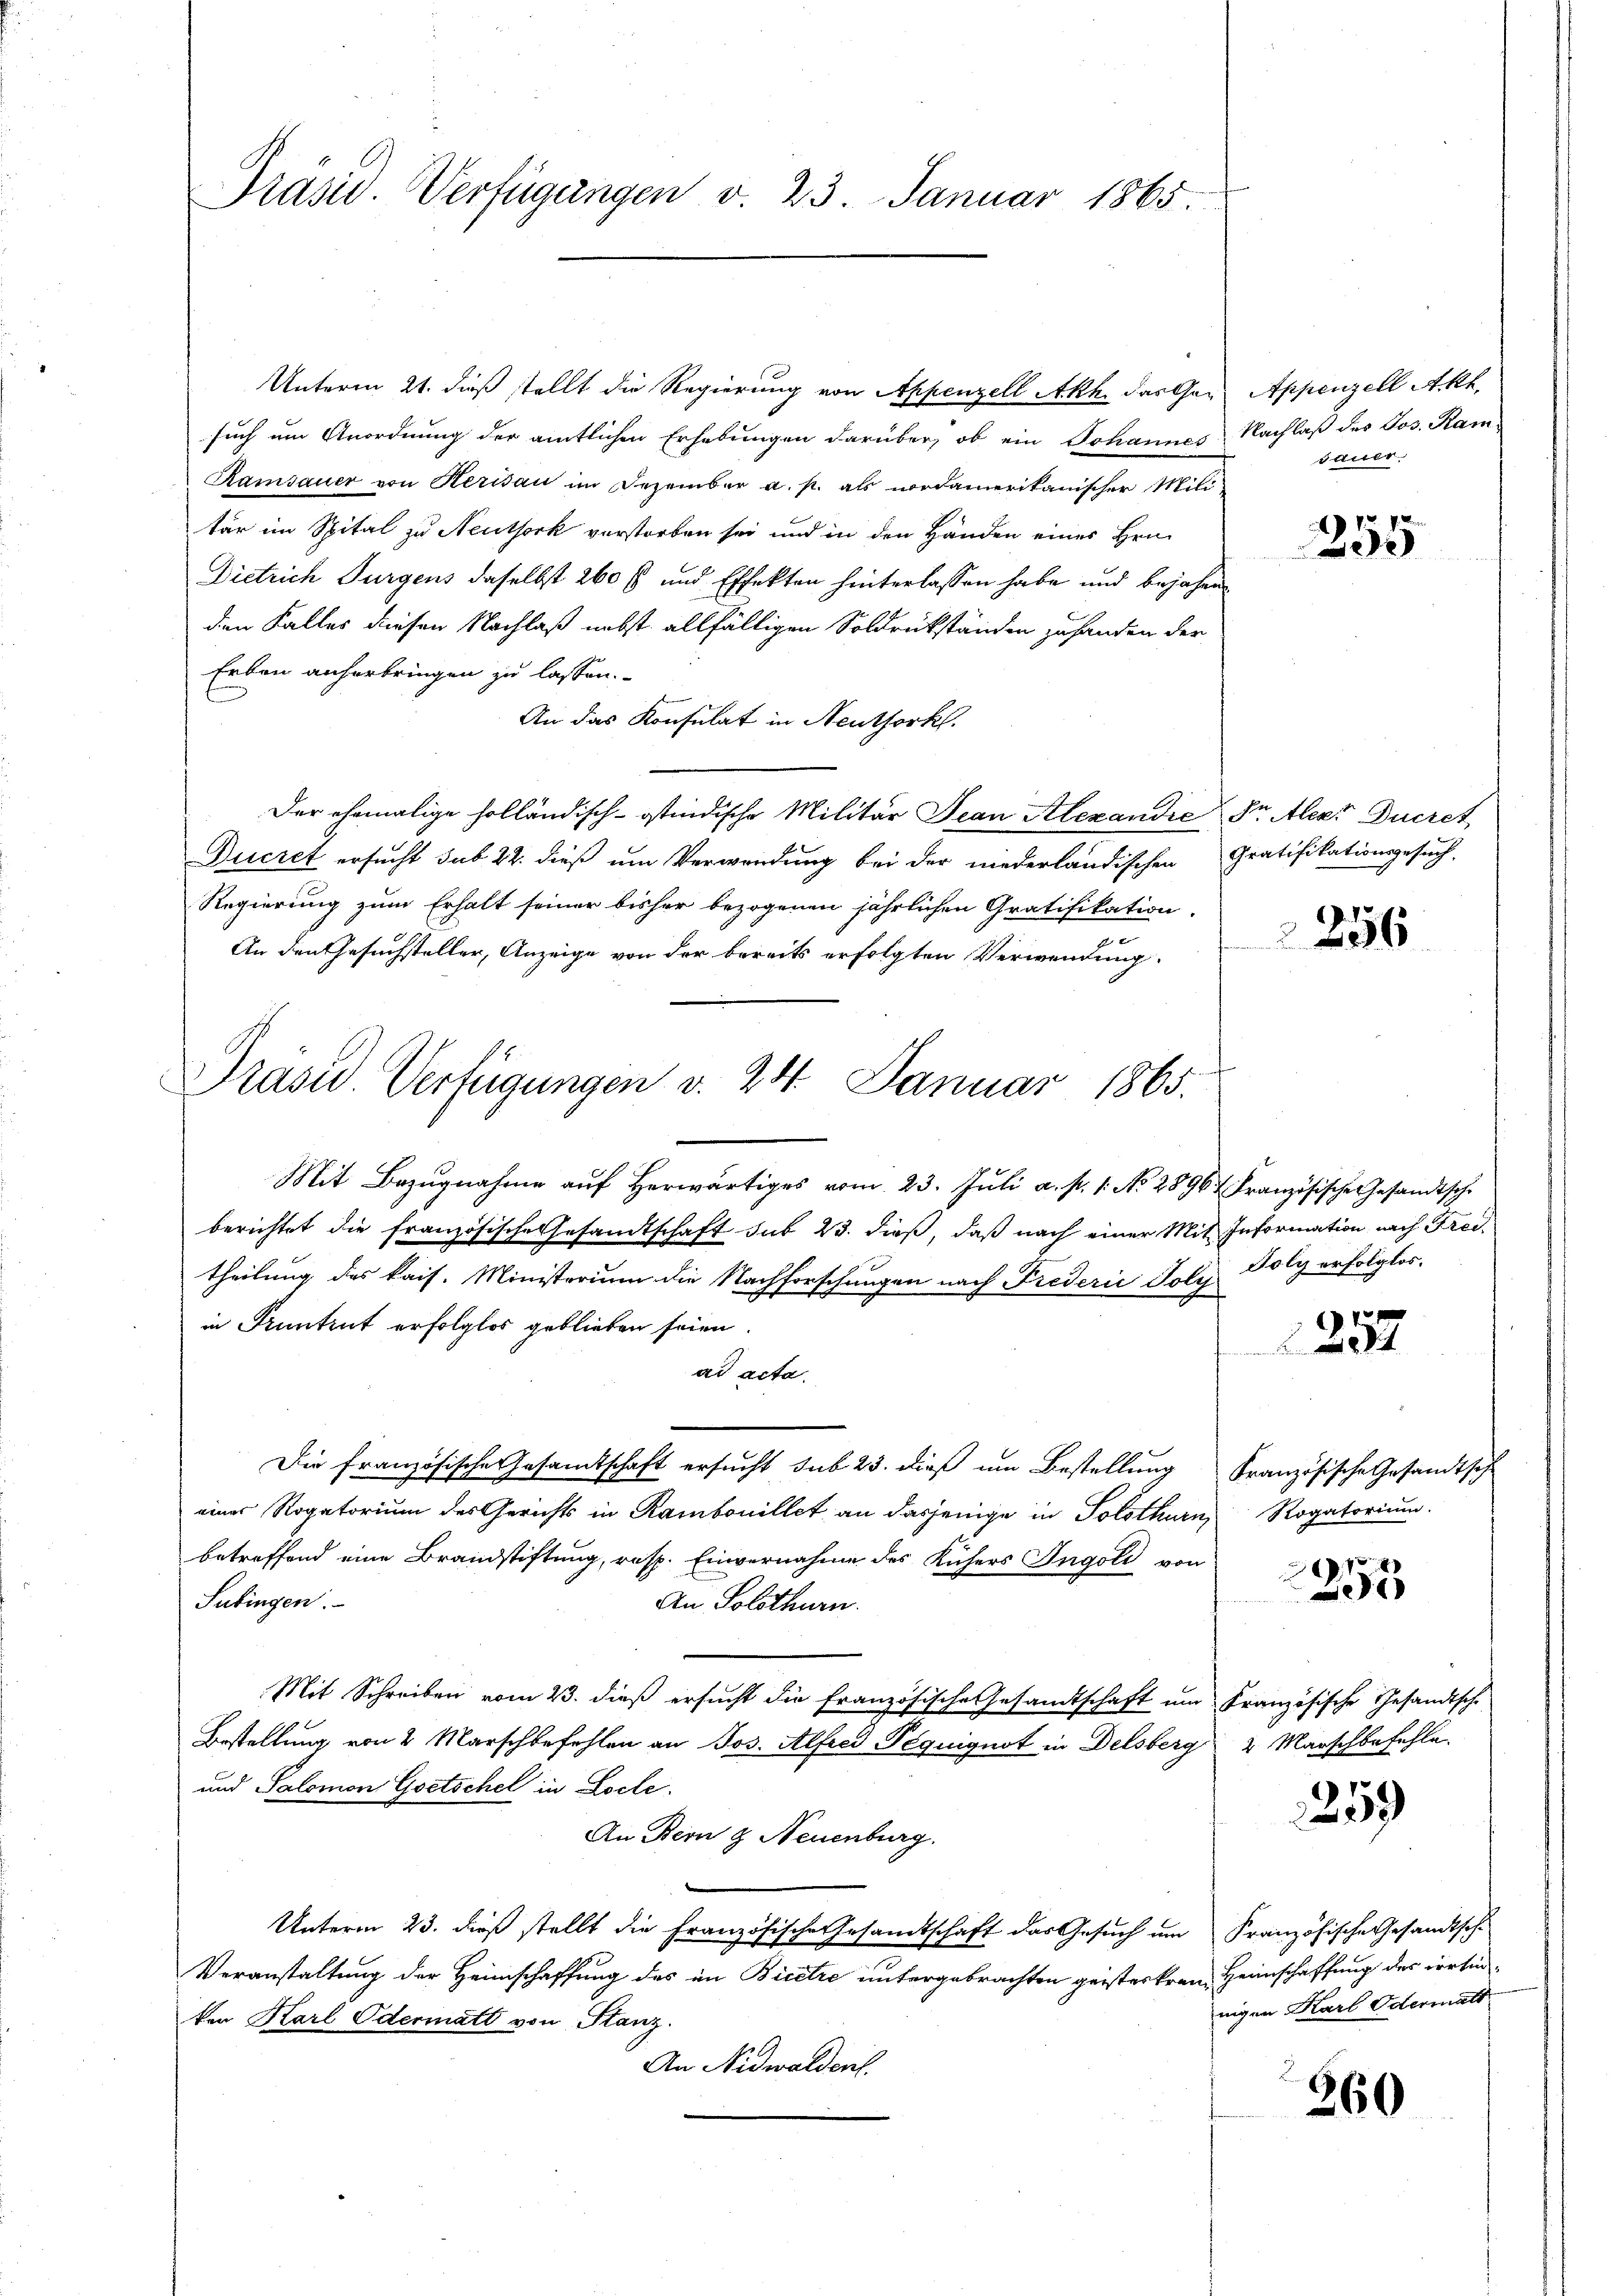
Präsid. Verfügungen v. 23. Januar 1865.

Unterm 21. dieß stellt die Regierung von Appenzell Akh. das Ger Appenzell Akk
such um Anordnung der amtlichen Erhebungen darüber, ob ein Johannes
Ramsauer von Kerisau im Dezember a. p. als vordamerikanischer Mili-
tär im Spital zu Neuthork verstorben sei und in den Händen eines Hrn.
Dietrich Turgens daselbst 260 fl und Effekten hinterlassen habe und bejahen
den Falles diesen Nachlaß nebst allfälligen Soldrückständen zuhanden der
Erben anherbringen zu lassen.
An das Konsulat in Neuthorkl.
Der ehemalige holländisch-stindische Militär Jean Alexandie Fr. leer Ducret
Ducret ersucht sub 22. dieß um Verwendung bei der niederländischen Gratifikationsgesuch,
Regierung zum Erhalt seiner bisher bezogenen jährlichen Gratifikation
4 x
An den Gesuchsteller, Anzeige von der bereits erfolgten Verwendung
Mit Bezŭgnahme aŭf herwärtiges vom 23. Jŭli a. p. 1. No. 2896 Französische Gesandtsch
berichtet die französische Gesandtschaft sub 23. dieß, daß nach einer Mit Information nach Freitheilung des kais. Ministerium die Nachforschungen nach Frederić Joly Poly erfolglos.
in Pruntrut erfolglos geblieben seien.
ad acta.
Die französische Gesamtschaft ersucht sub 23. dieß um Bestellung
eines Rogatorium des Gerichts in Rambonillet an dasjenige in Solothurn, Rogatorium.
betreffend eine Brandstiftung, resp. Einvernahme des Küchers Ingoli von
Subingen.
An Solothurn.
Mit Schreiben vom 23. dieß ersucht die Französische Gesandtschaft um
Bestellung von 2 Marschbefehlen an Jos. Alfred Péquignot in Delsberg
und Salomon Goetschel in Loche
An Bern & Neuenburg.
Unterm 23. dieß stellt die Französische Gesandtschaft das Gesuch um Französische Gesandtsche
Veranstaltung der Heimschaffung des in Bicere untergebrachten geisterkranz Heimschaffung des irrten
ken Karl Odermatt von Stanz.
An Nidwalden

Präsid. Verfügungen v. 24. Januar 1865.

Nachlaß des Jos. Ramsauer

255

256

257

Französische Gesandtsch

255

Französische Gesandtsche
2. Marschbefehle.

259

nigen Karl Odermatt

260